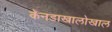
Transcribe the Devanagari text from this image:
कॅनडाखालोखाल